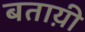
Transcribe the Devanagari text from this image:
बताय़ी